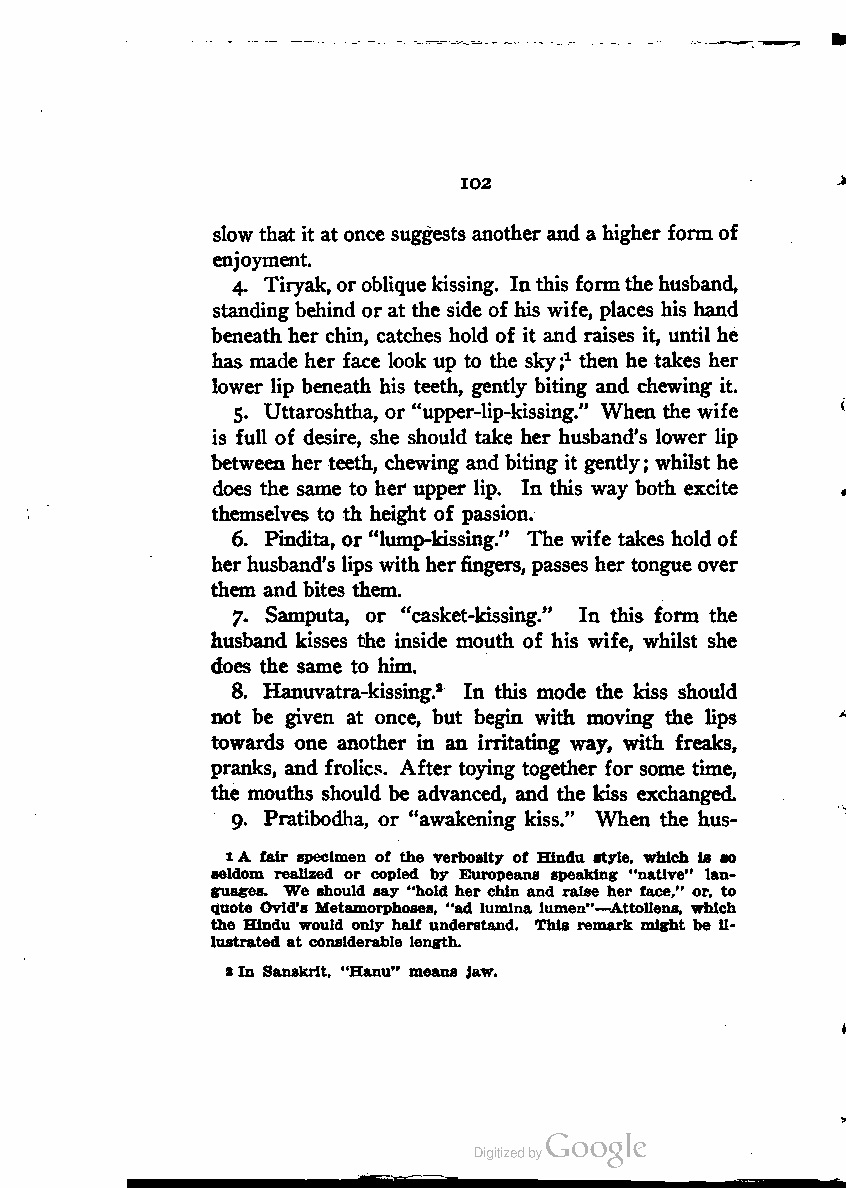
102
 slowthat it at once suggests another and a higher form of
 enjoyment.
 4. Tiryak, orobliquekissing. Inthis formthehusband,
 standing behind or at the side of his wife, places his hand
 beneath her chin, catches hold of it and raises it, until he
 has made her face look up to the skyj1 then he takes her
 lower lip beneath his teeth, gently biting and chewing it.
 5. Uttaroshtha, or "upper-lip-kissing." When the wife
 is full of desire, she should take her husband's lower lip
 between her teeth, chewing and biting it gently; whilst he
 does the same to her" upper lip. In this way both excite
 themselves to th height of passion.
 6. Pindita, or "lump-kissing." The wife takes hold of
 herhusband's lips withherfingers, passes her tongue over
 them and bites them.
 7. Samputa, or "casket-kissing." In this form the
 husband kisses the inside mouth of his wife, whilst she
 does the same to him.
 8. Hanuvatra-kissing.2 In this mode the kiss should
 not be given at once, but begin with moving the lips
 towards one another in an irritating way, with freaks,
 pranks, and frolics. After toying together for some time,
 the mouths should be advanced, and the kiss exchanged.
 9. Pratibodha, or "awakening kiss." When the hus-
 1A fair specimen of the verbosity of Hindu style, which is so
 seldom realized or copied by Europeans speaking "native" lan
 guages. We should say "hold her chin and raise her face," or, to
 quote Ovid's Metamorphoses, "ad Iumina lumen"—Attollens, which
 the Hindu would only half understand. This remark might be il
 lustrated at considerable length.
 2In Sanskrit, "Hanu" means Jaw.